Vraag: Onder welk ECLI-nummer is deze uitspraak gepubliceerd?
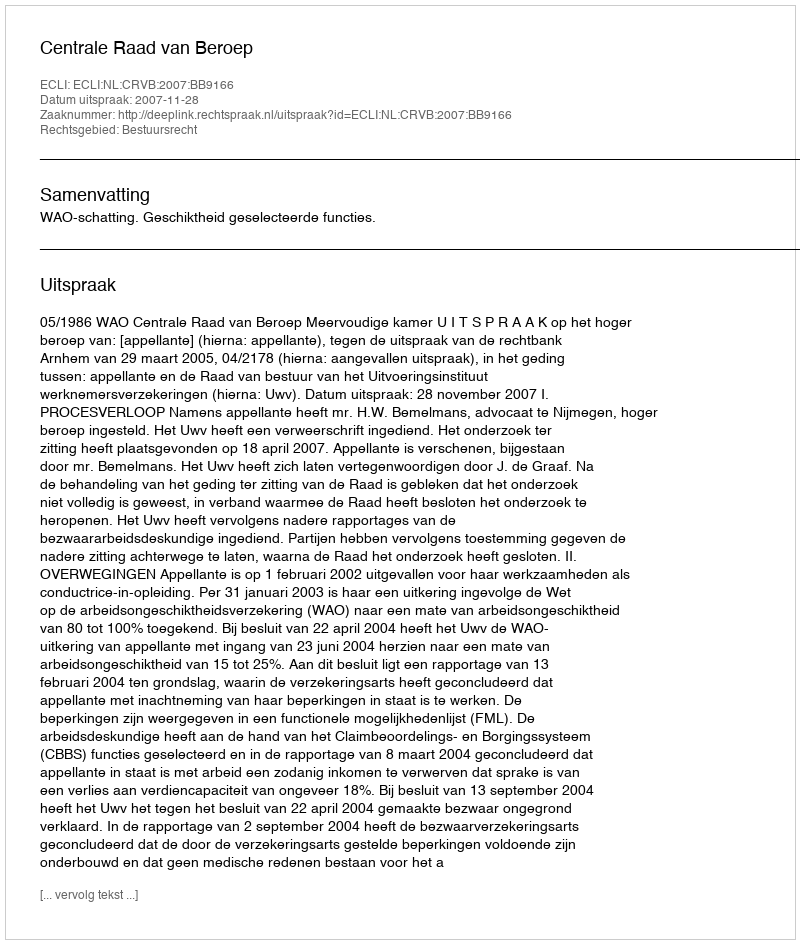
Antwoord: ECLI:NL:CRVB:2007:BB9166